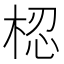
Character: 梕